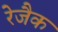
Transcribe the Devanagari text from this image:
रेजैक